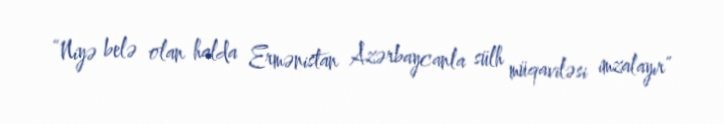
“Niyə belə olan halda Ermənistan Azərbaycanla sülh müqaviləsi imzalayır”